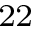
^ { 2 2 }